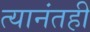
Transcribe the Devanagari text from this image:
त्यानंतही